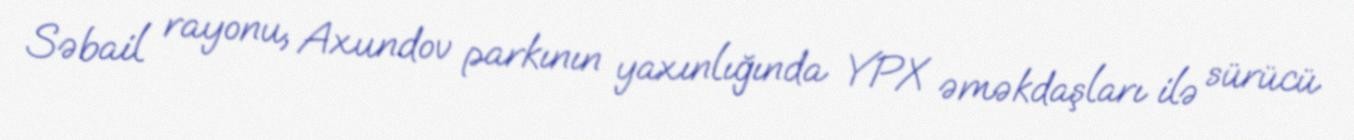
Səbail rayonu, Axundov parkının yaxınlığında YPX əməkdaşları ilə sürücü